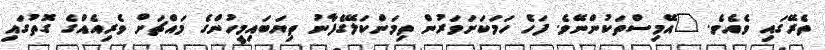
ތެރޭގައި ވެއެވެ. "އޭމިސްތަކުންނޭވެ. ފަހެ ހަމަކަށަވަރުން ތިމަންކަލޭގެފާނު ތިޔަބައިމީހުންގެ މައްޗަށް ވެރިއެއްގެ ގޮތުގައި